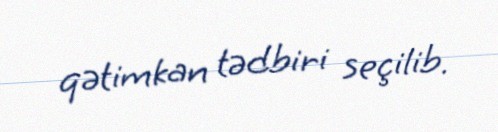
qətimkan tədbiri seçilib.